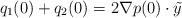
LaTeX: \begin{align*}q_1(0)+q_2(0) = 2\nabla p(0)\cdot \tilde{y}\end{align*}